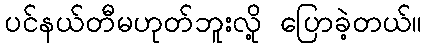
ပင်နယ်တီမဟုတ်ဘူးလို့ ပြောခဲ့တယ်။